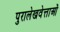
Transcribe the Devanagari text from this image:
पुरालेखवेत्ताओं